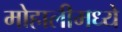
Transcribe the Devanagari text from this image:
मोहालीमध्ये